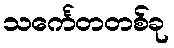
သင်္ကေတတစ်ခု